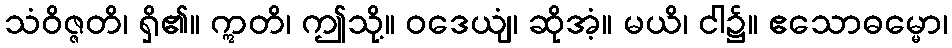
သံဝိဇ္ဇတိ၊ ရှိ၏။ ဣတိ၊ ဤသို့။ ဝဒေယျံ၊ ဆိုအံ့။ မယိ၊ ငါ၌။ ဧသောဓမ္မော၊